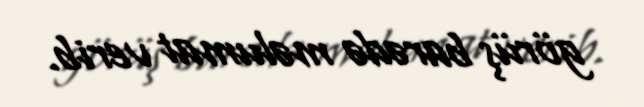
görüş barədə məlumat verib.